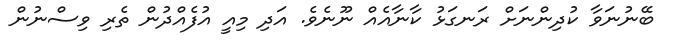
ބޭނުނަވާ ކުދިންނަށް ރަނގަޅު ކާނާއެއް ނޫނެވެ. އަދި މިއީ އުފެއްދުން ތެރި ވިސްނުން